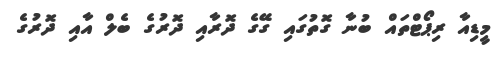
މީޑިއާ ރިޕޯޓްތައް ބުނާ ގޮތުގައި ގޭގެ ދޮރާއި ދޮރުގެ ބެލް އާއި ދޮރުގެ